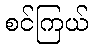
စင်ကြယ်